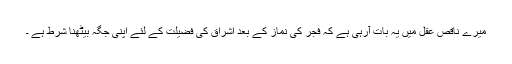
میرے ناقص عقل میں یہ بات آرہی ہے کہ فجر کی نماز کے بعد اشراق کی فضیلت کے لئے اپنی جگہ بیٹھنا شرط ہے ۔